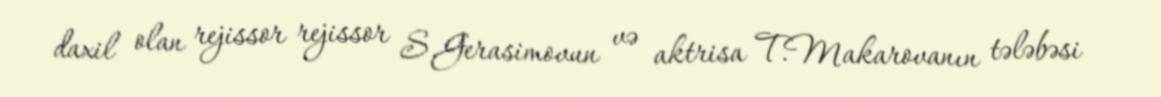
daxil olan rejissor rejissor S.Gerasimovun və aktrisa T.Makarovanın tələbəsi